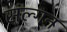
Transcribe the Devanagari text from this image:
संल्गन